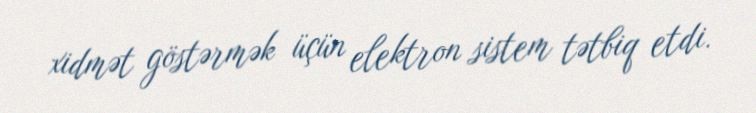
xidmət göstərmək üçün elektron sistem tətbiq etdi.